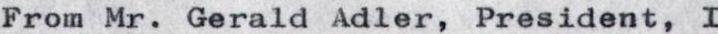
From Mr. Gerald Adler, President, I